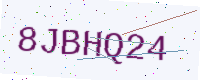
Text: 8JBHQ24